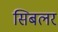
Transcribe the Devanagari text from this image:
सिबलर